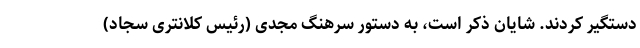
دستگیر کردند. شایان ذکر است، به دستور سرهنگ مجدی (رئیس کلانتری سجاد)